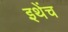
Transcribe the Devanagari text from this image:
इथेंच